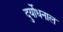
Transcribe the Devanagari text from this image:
दुर्योधनाल